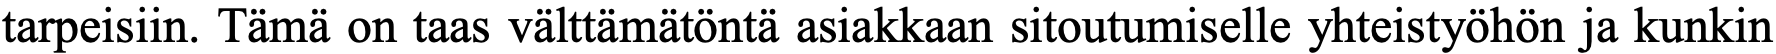
tarpeisiin. Tämä on taas välttämätöntä asiakkaan sitoutumiselle yhteistyöhön ja kunkin